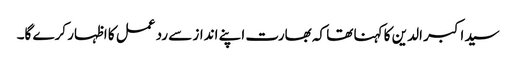
سید اکبر الدین کا کہنا تھا کہ بھارت اپنے انداز سے رد عمل کا اظہار کرے گا۔